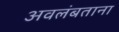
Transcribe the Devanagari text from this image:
अवलंबताना